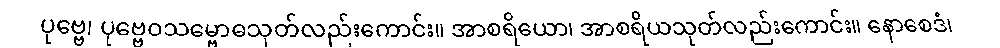
ပုဗ္ဗေ၊ ပုဗ္ဗေဝသမ္ဗောဓသုတ်လည်းကောင်း။ အာစရိယော၊ အာစရိယသုတ်လည်းကောင်း။ နောစေဒံ၊